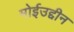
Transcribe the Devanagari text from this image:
मोईउद्दीन